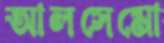
আলসেমো